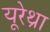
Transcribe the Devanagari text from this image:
यूरेथ्रा